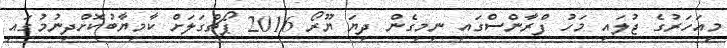
މިއަހަރުގެ ޖުލައި މަހު ފްރާންސްގައި ނިމިގެން ދިޔަ ޔޫރޯ 2016 ޕޯޗްގަލަށް ކާމިޔާބުކޮށްދިނުމުގައި